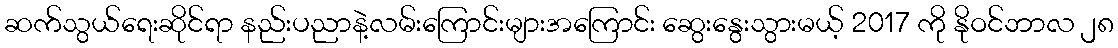
ဆက်သွယ်ရေးဆိုင်ရာ နည်းပညာနဲ့လမ်းကြောင်းများအကြောင်း ဆွေးနွေးသွားမယ့် 2017 ကို နိုဝင်ဘာလ ၂၈